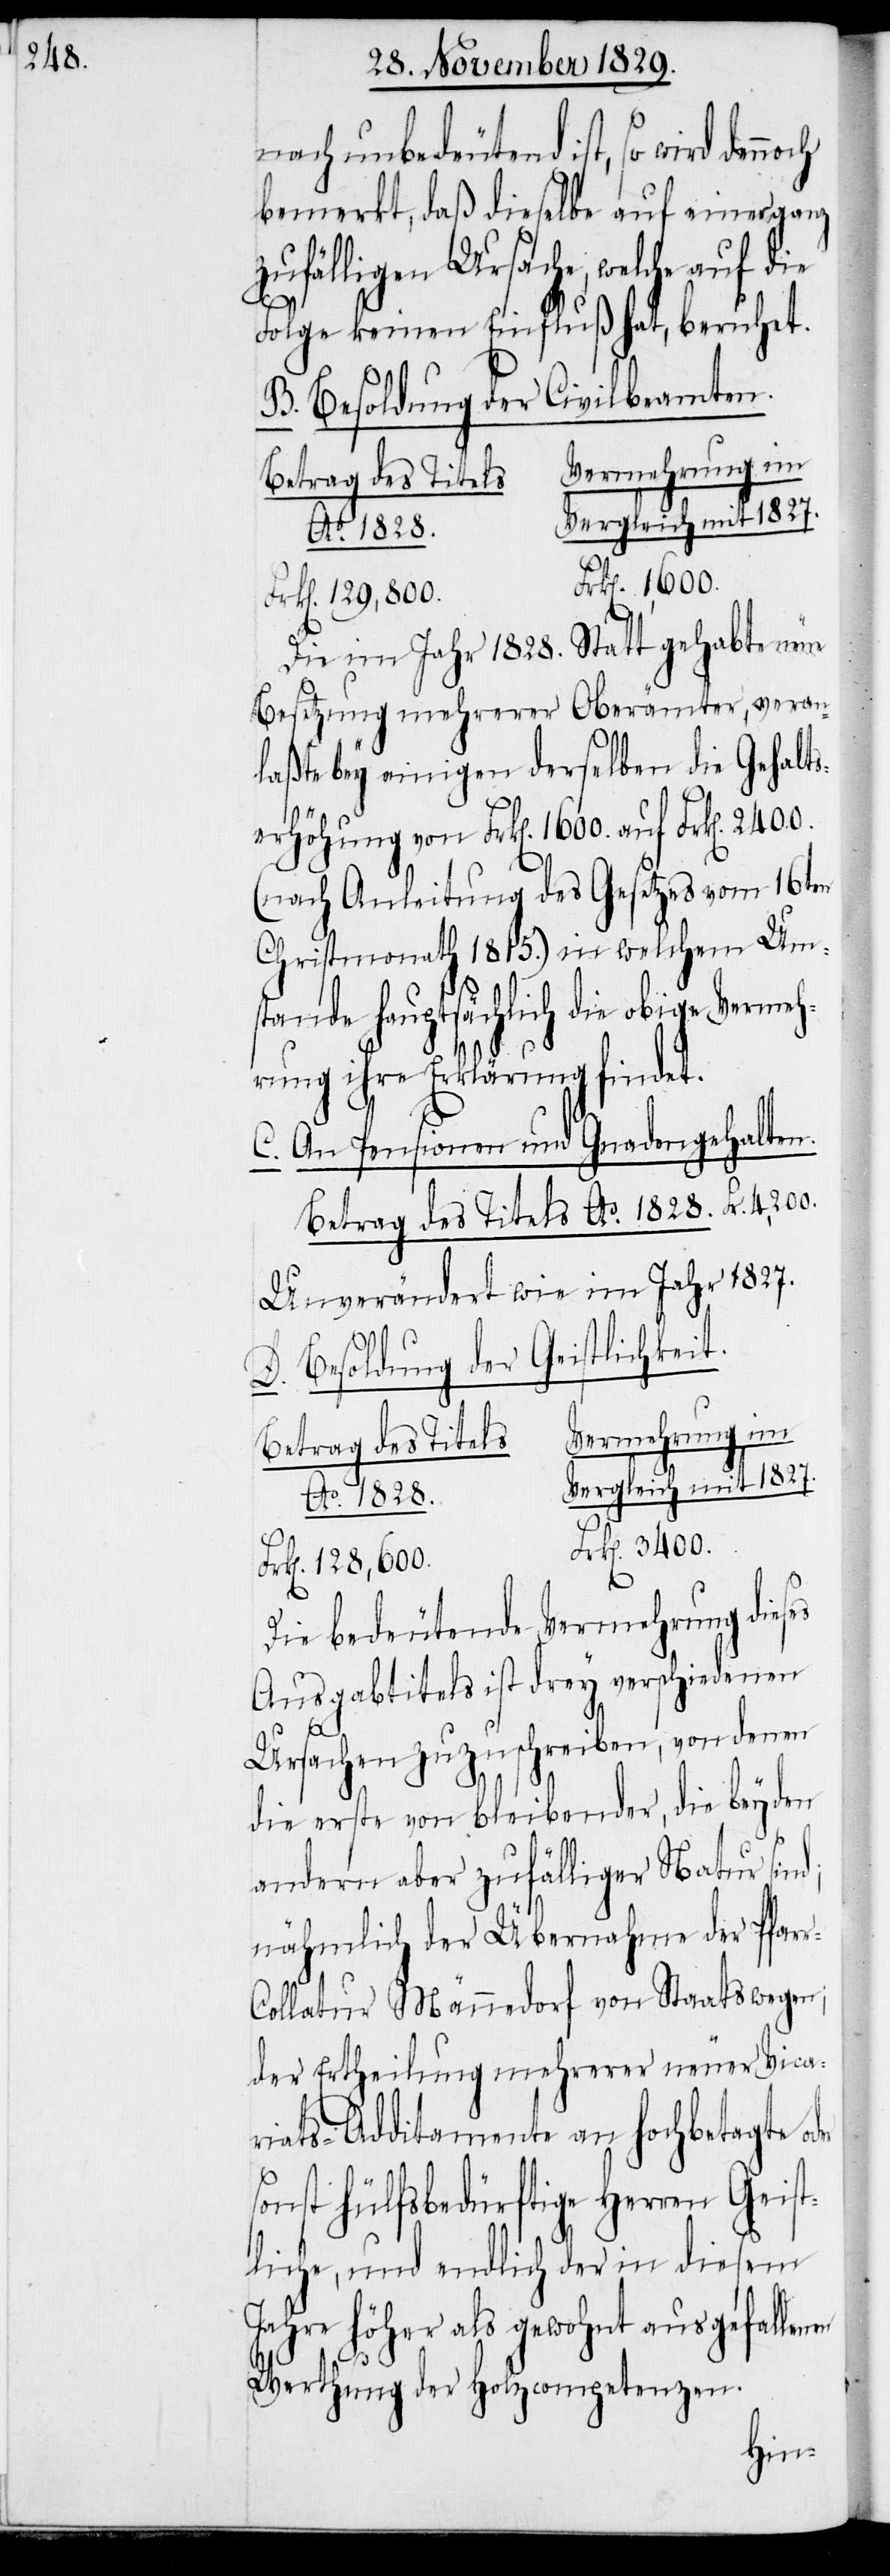
2400.

nach unbedeutend ist, so wird
bemerkt, daß dieselbe auf einer ganz
zufälligen Ursache, welche auf die
Folge keinen Einfluß hat, beruhet.
B. Besoldung der Civilbeamten.
Frk[en]. 1,600.
rk[en]. 129,600.
Die im Jahr 1828. Statt gehabte neue
Besetzung mehrerer Oberämter, veran¬
laßte bey einigen derselben die Gehalts¬
erhöhung von Frk[en]. 1600. auf Frk[en].
(nach Anleitung des Gesetzes vom 16ten
Christmonath 1815.) in welchem Ums¬
tande hauptsächlich die obige Vermeh¬
rung ihre Erklärung findet.
C. An Pensionen und Gnadengehalten.
Betrag des Titels Ao. 1828. Fr. 4,200.
Unverändert wie im Jahr 1827.
D. Besoldung der Geistlichkeit.
Vermehrung im
Betrag des Titels.
mit 1827.
F¬
Frk[en]. 3,400.
Die bedeutende Vermehrung dies¬
Ausgabtitels ist drey verschiedenen
r-C¬
Ursachen zuzuschreiben, von denen
d;
die erste von bleibender, die beyden
andern aber zufälliger Natur sin¬
nähmlich der Übernahme der Pfar¬
ollatur Männedorf von Staatswegen;
der Ertheilung mehrerer neuer Vica¬
riats-Additamente an hochbetagte oder
sonst Hülfsbedürftige Herren Geist¬
liche, und endlich der in diesem
Jahre höher als gewohnt ausgefallenen
Werthung der Holzcompetenzen.